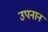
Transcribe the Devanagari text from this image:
उपनान